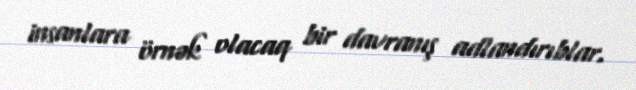
insanlara örnək olacaq bir davranış adlandırıblar.